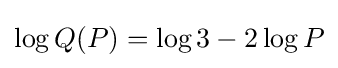
\log Q(P)=\log 3-2\log P